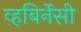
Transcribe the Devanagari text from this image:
व्हबिर्नेसी